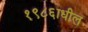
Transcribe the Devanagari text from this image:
१९८६ाधील